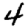
Digit: 4